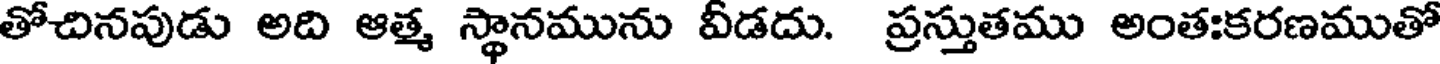
తోచినపుడు అది ఆత్మ స్థానమును వీడదు. ప్రస్తుతము అంతఃకరణముతో